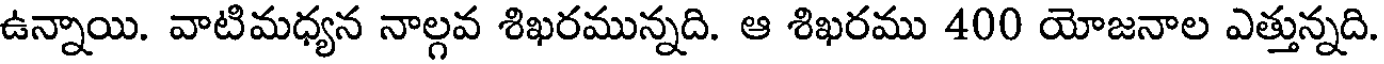
ఉన్నాయి. వాటిమధ్యన నాల్గవ శిఖరమున్నది. ఆ శిఖరము 400 యోజనాల ఎత్తున్నది.